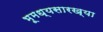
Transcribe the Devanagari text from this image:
भूमध्यसारख्या